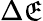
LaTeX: \Delta\mathfrak{E}